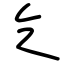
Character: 乞